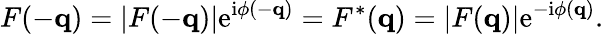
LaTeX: F(-\mathbf{q})=\left|F(-\mathbf{q})\right|\mathrm{e}^{\mathrm{i}\phi(-\mathbf{q})}=F^{*}(\mathbf{q})=\left|F(\mathbf{q})\right|\mathrm{e}^{-\mathrm{i}\phi(\mathbf{q})}.